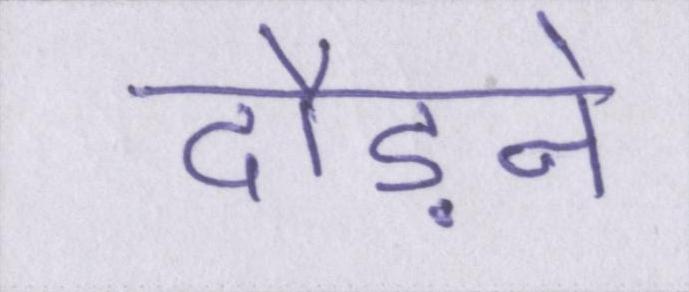
दौड़ने